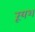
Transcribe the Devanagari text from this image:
रूयश